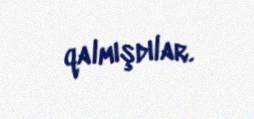
qalmışdılar.